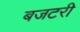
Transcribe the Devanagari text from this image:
बजटरी